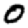
Digit: 0